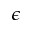
\epsilon